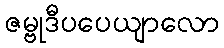
ဇမ္ဗုဒီပပေယျာလော